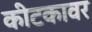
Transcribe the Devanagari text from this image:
कीटकावर